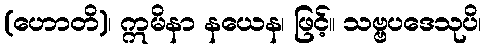
(ဟောတိ)၊ ဣမိနာ နယေန၊ ဖြင့်။ သဗ္ဗပဒေသုပိ၊